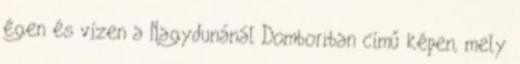
égen és vízen a Nagydunánál Domboriban című képen, mely